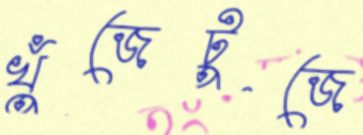
খুঁজেটুজে